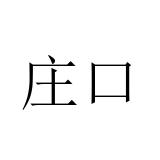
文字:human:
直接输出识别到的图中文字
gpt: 庄口